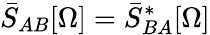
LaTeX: \bar{S}_{AB}[\Omega]=\bar{S}_{BA}^{*}[\Omega]